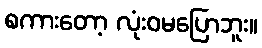
စကားတော့ လုံးဝမပြောဘူး။